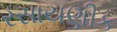
રસાયણીક